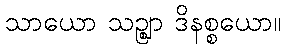
သာယော သဉ္ဈာ ဒိနစ္စယော။